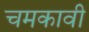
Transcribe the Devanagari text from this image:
चमकावी